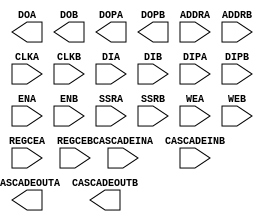
// $Header: /devl/xcs/repo/env/Databases/CAEInterfaces/verplex_libs/data/simprims/Attic/X_RAMB16.v,v 1.1.2.1 2004/09/28 20:47:46 wloo Exp $

`timescale 1 ps/1 ps

module X_RAMB16 (CASCADEOUTA, CASCADEOUTB, DOA, DOB, DOPA, DOPB, 
		 ADDRA, ADDRB, CASCADEINA, CASCADEINB, CLKA, CLKB, DIA, DIB, DIPA, DIPB, ENA, ENB, REGCEA, REGCEB, SSRA, SSRB, WEA, WEB);

    parameter DOA_REG = 0;
    parameter DOB_REG = 0;
    parameter INIT_A = 36'h0;
    parameter INIT_B = 36'h0;
    parameter INVERT_CLK_DOA_REG = "FALSE";
    parameter INVERT_CLK_DOB_REG = "FALSE";
    parameter RAM_EXTENSION_A = "NONE";
    parameter RAM_EXTENSION_B = "NONE";
    parameter READ_WIDTH_A = 0;
    parameter READ_WIDTH_B = 0;
    parameter SIM_COLLISION_CHECK = "ALL";
    parameter SRVAL_A = 36'h0;
    parameter SRVAL_B = 36'h0;
    parameter WRITE_MODE_A = "WRITE_FIRST";
    parameter WRITE_MODE_B = "WRITE_FIRST";
    parameter WRITE_WIDTH_A = 0;
    parameter WRITE_WIDTH_B = 0;
    parameter SETUP_ALL = 1000;
    parameter SETUP_READ_FIRST = 3000;
    parameter INIT_00 = 256'h0000000000000000000000000000000000000000000000000000000000000000;
    parameter INIT_01 = 256'h0000000000000000000000000000000000000000000000000000000000000000;
    parameter INIT_02 = 256'h0000000000000000000000000000000000000000000000000000000000000000;
    parameter INIT_03 = 256'h0000000000000000000000000000000000000000000000000000000000000000;
    parameter INIT_04 = 256'h0000000000000000000000000000000000000000000000000000000000000000;
    parameter INIT_05 = 256'h0000000000000000000000000000000000000000000000000000000000000000;
    parameter INIT_06 = 256'h0000000000000000000000000000000000000000000000000000000000000000;
    parameter INIT_07 = 256'h0000000000000000000000000000000000000000000000000000000000000000;
    parameter INIT_08 = 256'h0000000000000000000000000000000000000000000000000000000000000000;
    parameter INIT_09 = 256'h0000000000000000000000000000000000000000000000000000000000000000;
    parameter INIT_0A = 256'h0000000000000000000000000000000000000000000000000000000000000000;
    parameter INIT_0B = 256'h0000000000000000000000000000000000000000000000000000000000000000;
    parameter INIT_0C = 256'h0000000000000000000000000000000000000000000000000000000000000000;
    parameter INIT_0D = 256'h0000000000000000000000000000000000000000000000000000000000000000;
    parameter INIT_0E = 256'h0000000000000000000000000000000000000000000000000000000000000000;
    parameter INIT_0F = 256'h0000000000000000000000000000000000000000000000000000000000000000;
    parameter INIT_10 = 256'h0000000000000000000000000000000000000000000000000000000000000000;
    parameter INIT_11 = 256'h0000000000000000000000000000000000000000000000000000000000000000;
    parameter INIT_12 = 256'h0000000000000000000000000000000000000000000000000000000000000000;
    parameter INIT_13 = 256'h0000000000000000000000000000000000000000000000000000000000000000;
    parameter INIT_14 = 256'h0000000000000000000000000000000000000000000000000000000000000000;
    parameter INIT_15 = 256'h0000000000000000000000000000000000000000000000000000000000000000;
    parameter INIT_16 = 256'h0000000000000000000000000000000000000000000000000000000000000000;
    parameter INIT_17 = 256'h0000000000000000000000000000000000000000000000000000000000000000;
    parameter INIT_18 = 256'h0000000000000000000000000000000000000000000000000000000000000000;
    parameter INIT_19 = 256'h0000000000000000000000000000000000000000000000000000000000000000;
    parameter INIT_1A = 256'h0000000000000000000000000000000000000000000000000000000000000000;
    parameter INIT_1B = 256'h0000000000000000000000000000000000000000000000000000000000000000;
    parameter INIT_1C = 256'h0000000000000000000000000000000000000000000000000000000000000000;
    parameter INIT_1D = 256'h0000000000000000000000000000000000000000000000000000000000000000;
    parameter INIT_1E = 256'h0000000000000000000000000000000000000000000000000000000000000000;
    parameter INIT_1F = 256'h0000000000000000000000000000000000000000000000000000000000000000;
    parameter INIT_20 = 256'h0000000000000000000000000000000000000000000000000000000000000000;
    parameter INIT_21 = 256'h0000000000000000000000000000000000000000000000000000000000000000;
    parameter INIT_22 = 256'h0000000000000000000000000000000000000000000000000000000000000000;
    parameter INIT_23 = 256'h0000000000000000000000000000000000000000000000000000000000000000;
    parameter INIT_24 = 256'h0000000000000000000000000000000000000000000000000000000000000000;
    parameter INIT_25 = 256'h0000000000000000000000000000000000000000000000000000000000000000;
    parameter INIT_26 = 256'h0000000000000000000000000000000000000000000000000000000000000000;
    parameter INIT_27 = 256'h0000000000000000000000000000000000000000000000000000000000000000;
    parameter INIT_28 = 256'h0000000000000000000000000000000000000000000000000000000000000000;
    parameter INIT_29 = 256'h0000000000000000000000000000000000000000000000000000000000000000;
    parameter INIT_2A = 256'h0000000000000000000000000000000000000000000000000000000000000000;
    parameter INIT_2B = 256'h0000000000000000000000000000000000000000000000000000000000000000;
    parameter INIT_2C = 256'h0000000000000000000000000000000000000000000000000000000000000000;
    parameter INIT_2D = 256'h0000000000000000000000000000000000000000000000000000000000000000;
    parameter INIT_2E = 256'h0000000000000000000000000000000000000000000000000000000000000000;
    parameter INIT_2F = 256'h0000000000000000000000000000000000000000000000000000000000000000;
    parameter INIT_30 = 256'h0000000000000000000000000000000000000000000000000000000000000000;
    parameter INIT_31 = 256'h0000000000000000000000000000000000000000000000000000000000000000;
    parameter INIT_32 = 256'h0000000000000000000000000000000000000000000000000000000000000000;
    parameter INIT_33 = 256'h0000000000000000000000000000000000000000000000000000000000000000;
    parameter INIT_34 = 256'h0000000000000000000000000000000000000000000000000000000000000000;
    parameter INIT_35 = 256'h0000000000000000000000000000000000000000000000000000000000000000;
    parameter INIT_36 = 256'h0000000000000000000000000000000000000000000000000000000000000000;
    parameter INIT_37 = 256'h0000000000000000000000000000000000000000000000000000000000000000;
    parameter INIT_38 = 256'h0000000000000000000000000000000000000000000000000000000000000000;
    parameter INIT_39 = 256'h0000000000000000000000000000000000000000000000000000000000000000;
    parameter INIT_3A = 256'h0000000000000000000000000000000000000000000000000000000000000000;
    parameter INIT_3B = 256'h0000000000000000000000000000000000000000000000000000000000000000;
    parameter INIT_3C = 256'h0000000000000000000000000000000000000000000000000000000000000000;
    parameter INIT_3D = 256'h0000000000000000000000000000000000000000000000000000000000000000;
    parameter INIT_3E = 256'h0000000000000000000000000000000000000000000000000000000000000000;
    parameter INIT_3F = 256'h0000000000000000000000000000000000000000000000000000000000000000;
    parameter INITP_00 = 256'h0000000000000000000000000000000000000000000000000000000000000000;
    parameter INITP_01 = 256'h0000000000000000000000000000000000000000000000000000000000000000;
    parameter INITP_02 = 256'h0000000000000000000000000000000000000000000000000000000000000000;
    parameter INITP_03 = 256'h0000000000000000000000000000000000000000000000000000000000000000;
    parameter INITP_04 = 256'h0000000000000000000000000000000000000000000000000000000000000000;
    parameter INITP_05 = 256'h0000000000000000000000000000000000000000000000000000000000000000;
    parameter INITP_06 = 256'h0000000000000000000000000000000000000000000000000000000000000000;
    parameter INITP_07 = 256'h0000000000000000000000000000000000000000000000000000000000000000;
    output CASCADEOUTA;
    output CASCADEOUTB;
    output [31:0] DOA;
    output [31:0] DOB;
    output [3:0] DOPA;
    output [3:0] DOPB;
    input ENA, CLKA, SSRA, CASCADEINA, REGCEA;
    input ENB, CLKB, SSRB, CASCADEINB, REGCEB;
    input [14:0] ADDRA;
    input [14:0] ADDRB;
    input [31:0] DIA;
    input [31:0] DIB;
    input [3:0] DIPA;
    input [3:0] DIPB;
    input [3:0] WEA;
    input [3:0] WEB;

endmodule